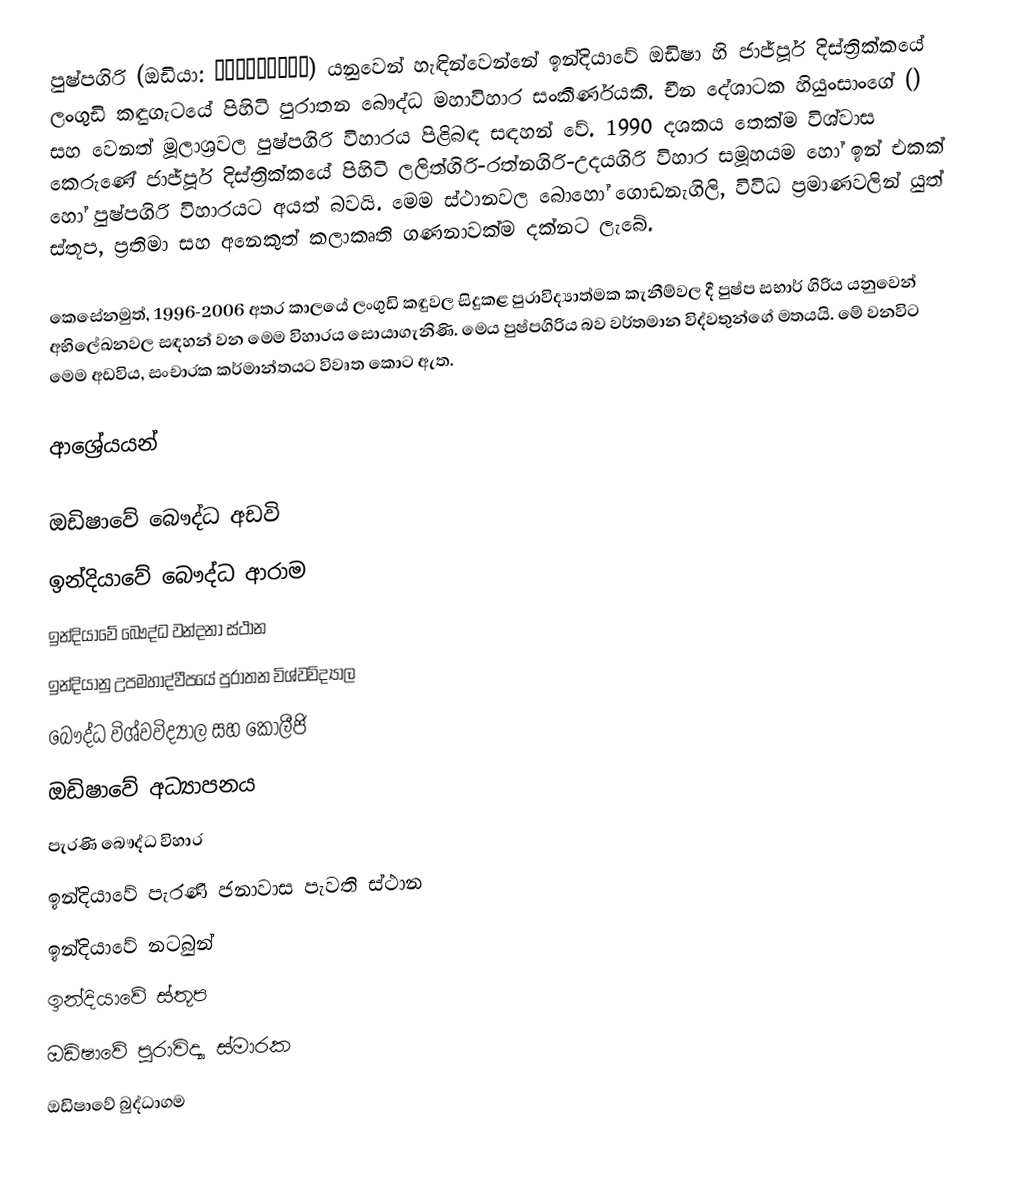
පුෂ්පගිරි (ඔඩියා: ପୁଷ୍ପଗିରି) යනුවෙන් හැඳින්වෙන්නේ ඉන්දියාවේ ඔඩිෂා හි ජාජ්පූර් දිස්ත්‍රික්කයේ ලංගුඩි කඳුගැටයේ පිහිටි පුරාතන බෞද්ධ මහාවිහාර සංකීර්ණයකි. චීන දේශාටක හියුංසාංගේ () සහ වෙනත් මූලාශ්‍රවල පුෂ්පගිරි විහාරය පිළිබඳ සඳහන් වේ. 1990 දශකය තෙක්ම විශ්වාස කෙරුණේ ජාජ්පූර් දිස්ත්‍රික්කයේ පිහිටි ලලිත්ගිරි-රත්නගිරි-උදයගිරි විහාර සමූහයම හෝ ඉන් එකක් හෝ පුෂ්පගිරි විහාරයට අයත් බවයි. මෙම ස්ථානවල බොහෝ ගොඩනැගිලි, විවිධ ප්‍රමාණවලින් යුත් ස්තූප, ප්‍රතිමා සහ අනෙකුත් කලාකෘති ගණනාවක්ම දක්නට ලැබේ.

කෙසේනමුත්, 1996-2006 අතර කාලයේ ලංගුඩි කඳුවල සිදුකළ පුරාවිද්‍යාත්මක කැනීම්වල දී පුෂ්ප සභාර් ගිරිය යනුවෙන් අභිලේඛනවල සඳහන් වන මෙම විහාරය සොයාගැනිණි. මෙය පුෂ්පගිරිය බව වර්තමාන විද්වතුන්ගේ මතයයි. මේ වනවිට මෙම අඩවිය, සංචාරක කර්මාන්තයට විවෘත කොට ඇත.

ආශ්‍රේයයන්

ඔඩිෂාවේ බෞද්ධ අඩවි
ඉන්දියාවේ බෞද්ධ ආරාම
ඉන්දියාවේ බෞද්ධ වන්දනා ස්ථාන
ඉන්දියානු උපමහාද්වීපයේ පුරාතන විශ්වවිද්‍යාල
බෞද්ධ විශ්වවිද්‍යාල සහ කොලීජි
ඔඩිෂාවේ අධ්‍යාපනය
පැරණි බෞද්ධ විහාර
ඉන්දියාවේ පැරණි ජනාවාස පැවති ස්ථාන
ඉන්දියාවේ නටබුන්
ඉන්දියාවේ ස්තූප
ඔඩිෂාවේ පුරාවිද්‍යා ස්මාරක
ඔඩිෂාවේ බුද්ධාගම